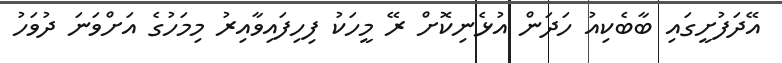
އޭދަފުށީގައި ބާބެކިއު ހަދަން އުޅެނިކޮށް ރޭ މީހަކު ފިހިފައިވާއިރު މިމަހުގެ އަށްވަނަ ދުވަހު